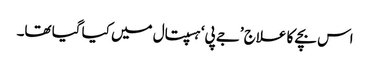
اس بچے کا علاج ’جے پی‘ ہسپتال میں کیا گیا تھا۔